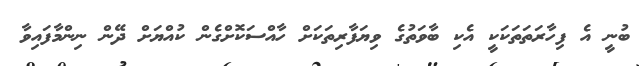
ބުނީ އެ ފިހާރަތަތަކަކީ އެކި ބާވަތުގެ ވިޔަފާރިތަކަށް ހާއްސަކޮށްގެން ކުއްޔަށް ދޭން ނިންމާފައިވާ